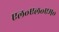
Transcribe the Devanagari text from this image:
एल॰एल॰एम॰